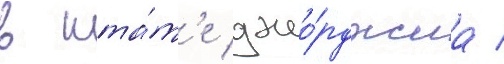
в шта́т'е джо́рджиа /